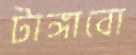
টাঙ্গাবো